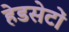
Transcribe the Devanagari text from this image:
हेडसेटों